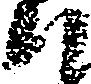
ハ